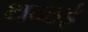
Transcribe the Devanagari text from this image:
थन्ठई